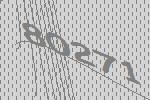
80271